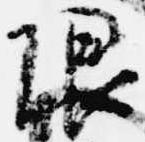
限